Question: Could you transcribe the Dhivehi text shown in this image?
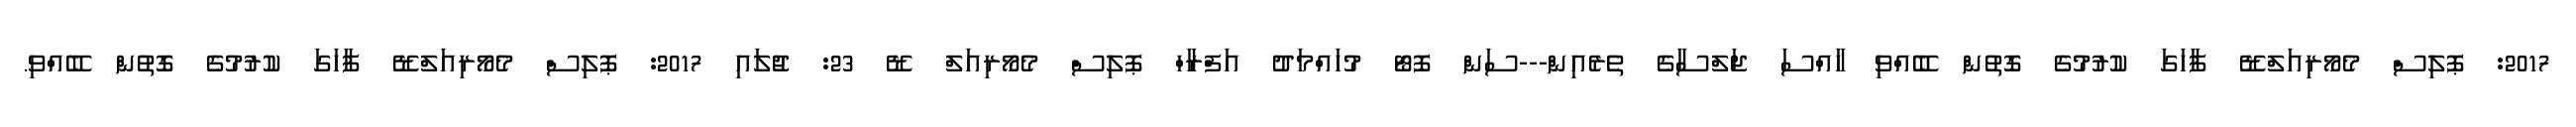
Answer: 2017: ޕޮލިސް މެމޯރިއަލްޑޭ ފާހަގަ ކުރުމުގެ ގޮތުން ބޭއްވި ހާއްސަ ޖަލްސާގެ ތެރެއިން---ސަން ފޮޓޯ މުހައްމަދު އަފްރާހް ޕޮލިސް މެމޯރިއަލް ޑޭ 23: ޖުލައި 2017: ޕޮލިސް މެމޯރިއަލްޑޭ ފާހަގަ ކުރުމުގެ ގޮތުން ބޭއްވި.